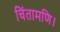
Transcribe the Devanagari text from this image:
चिंतामणि।